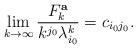
LaTeX: \begin{align*}\lim_{k\to\infty}\frac{F_k^{\bf a}}{k^{j_0}\lambda_{i_0}^k}=c_{{i_0}{j_0}}.\end{align*}